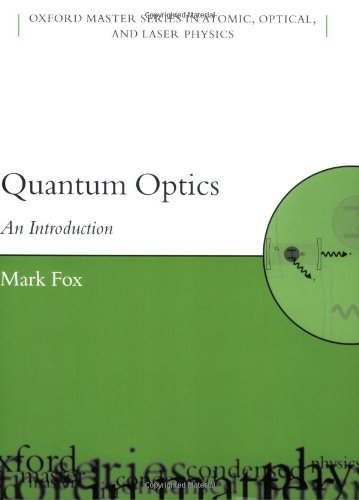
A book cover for Quantum Optics: An Introduction (Oxford Master Series in Physics); Mark Fox; Science & Math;